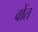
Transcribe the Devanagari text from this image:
वोंत